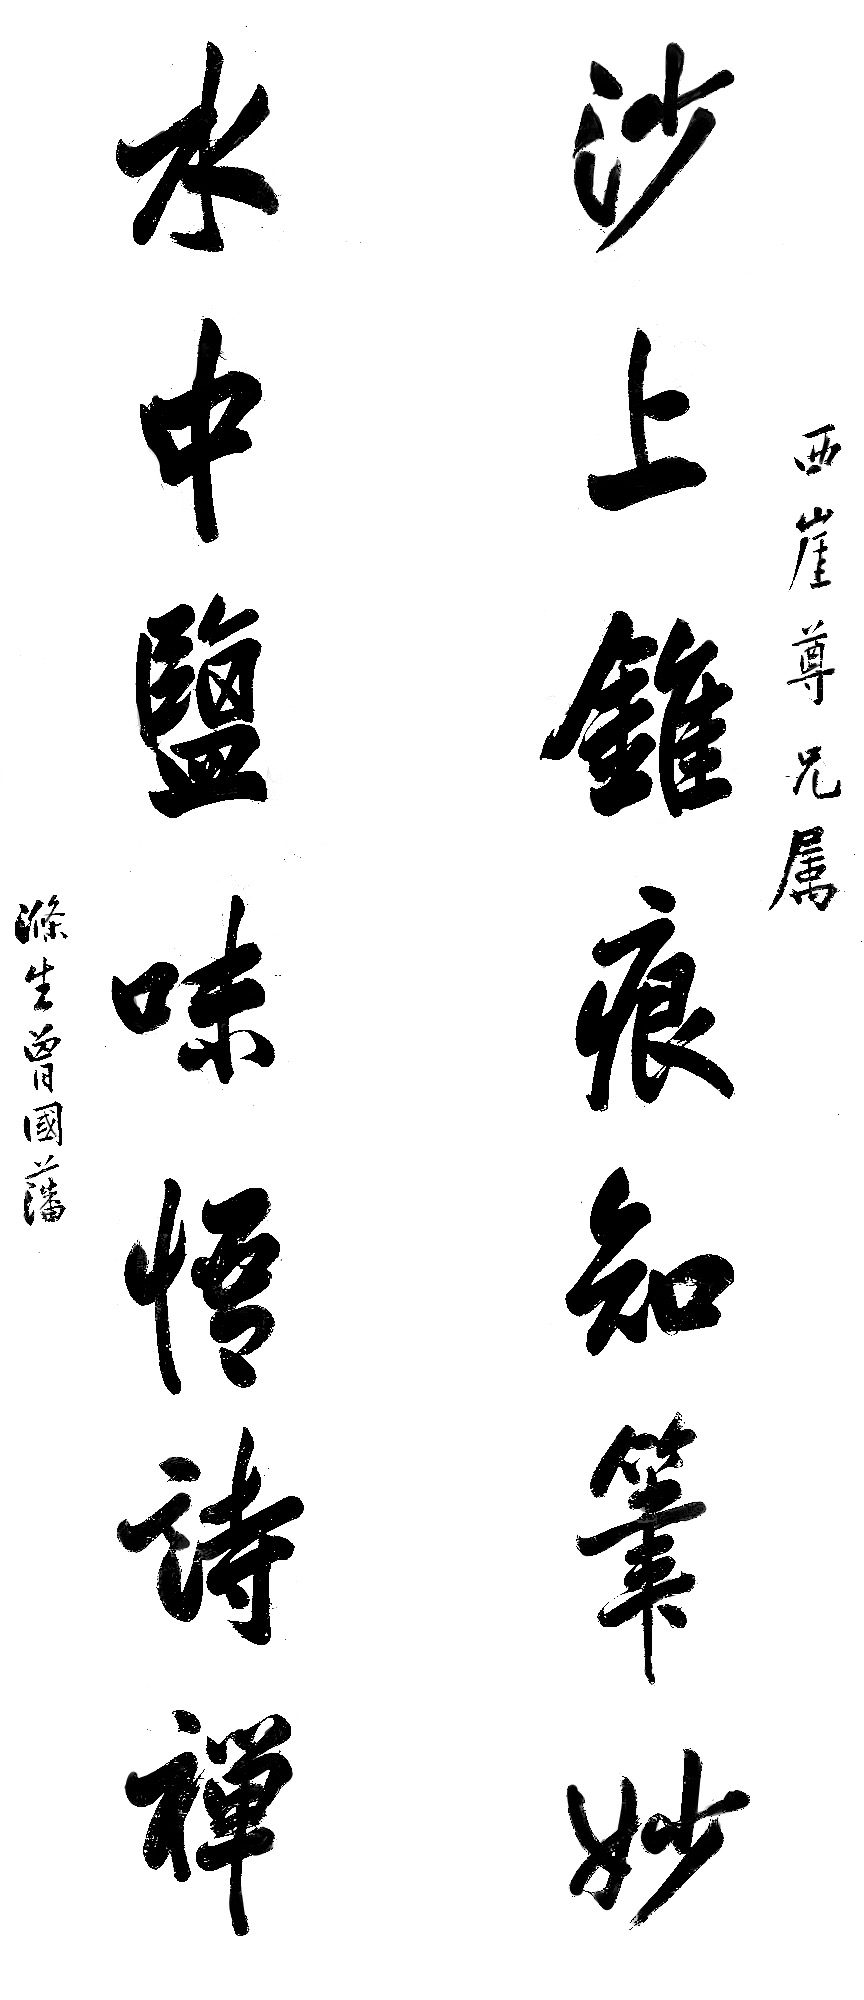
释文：沙上锥痕知笔妙，水中盐味悟诗禅。西崖尊兄属，涤生曾国藩。